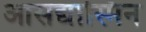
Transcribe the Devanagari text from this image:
आसद्यास्मिन